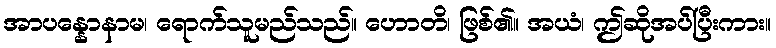
အာပန္နောနာမ၊ ရောက်သူမည်သည်။ ဟောတိ၊ ဖြစ်၏။ အယံ၊ ဤဆိုအပ်ပြီးကား။